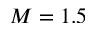
M = 1 . 5